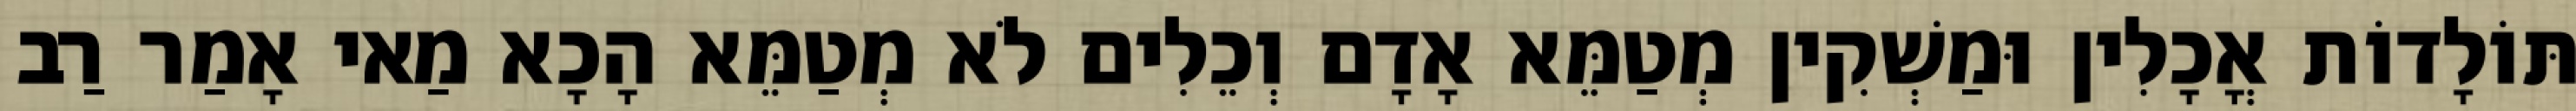
תּוֹלָדוֹת אֳכָלִין וּמַשְׁקִין מְטַמֵּא אָדָם וְכֵלִים לֹא מְטַמֵּא הָכָא מַאי אָמַר רַב